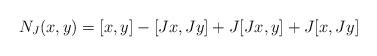
LaTeX: \begin{align*} N_J(x,y)=[x,y]-[Jx,Jy]+J[Jx,y]+J[x,Jy] \end{align*}